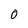
Character: 0